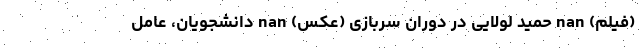
(فیلم) nan حمید لولایی در دوران سربازی (عکس) nan دانشجویان، عامل